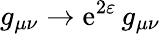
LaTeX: g_{\mu\nu}\to\mathrm{e}^{2\varepsilon}\, g_{\mu\nu}